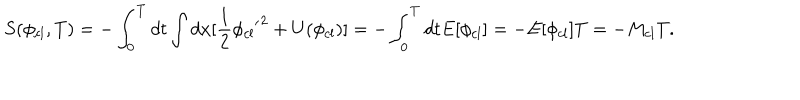
LaTeX: S ( \phi _ { c l } , T ) = - \int _ { 0 } ^ { T } d t \int d x [ \frac { 1 } { 2 } \phi _ { c l } { ' } ^ { 2 } + U ( \phi _ { c l } ) ] = - \int _ { 0 } ^ { T } d t E [ \phi _ { c l } ] = - E [ \phi _ { c l } ] T = - M _ { c l } T .